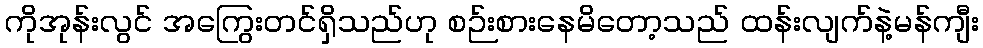
ကိုအုန်းလွင် အကြွေးတင်ရှိသည်ဟု စဉ်းစားနေမိတော့သည် ထန်းလျက်နဲ့မန်ကျီး